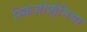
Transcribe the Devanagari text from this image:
स्किज़ोफ़्रेनिया